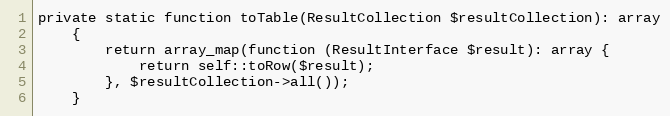
Language: PHP
private static function toTable(ResultCollection $resultCollection): array
    {
        return array_map(function (ResultInterface $result): array {
            return self::toRow($result);
        }, $resultCollection->all());
    }